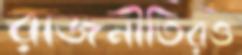
রাজনীতিরও